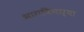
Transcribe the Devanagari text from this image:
भागविणाऱ्या